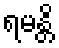
ရမန္တိ